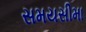
સમયસીમા